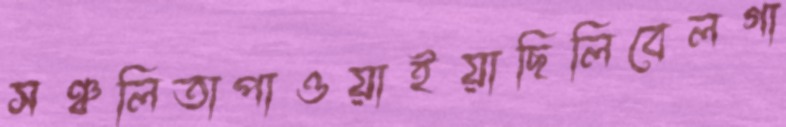
সঞ্চলিতাপাওয়াইয়াছিলিবেলগা